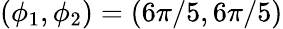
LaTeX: (\phi_{1},\phi_{2})=(6\pi/5,6\pi/5)